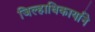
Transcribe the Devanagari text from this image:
जिल्हाधिकार्याने